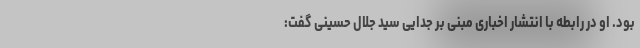
بود. او در رابطه با انتشار اخباری مبنی بر جدایی سید جلال حسینی گفت: